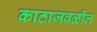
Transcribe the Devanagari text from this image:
काठाजवळील